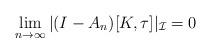
LaTeX: \begin{align*}\lim_{n \to \infty} |(I-A_n)[K,\tau]|_{\mathcal I} = 0\end{align*}